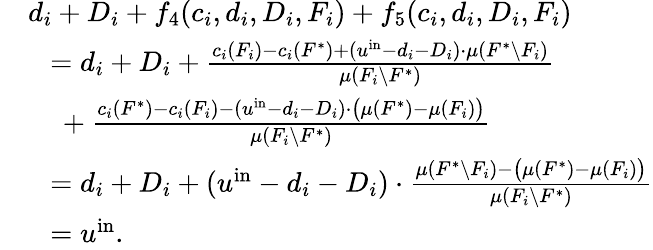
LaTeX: \begin{array}{rl}&{d_{i}+D_{i}+f_{4}(c_{i},d_{i},D_{i},F_{i})+f_{5}(c_{i},d_{i},D_{i},F_{i})}\\ {}&{~~=d_{i}+D_{i}+\frac{c_{i}(F_{i})-c_{i}(F^{*})+(u^{\mathrm{in}}-d_{i}-D_{i})\cdot\mu(F^{*}\setminus F_{i})}{\mu(F_{i}\setminus F^{*})}}\\ {}&{~~~~+\frac{c_{i}(F^{*})-c_{i}(F_{i})-(u^{\mathrm{in}}-d_{i}-D_{i})\cdot\big(\mu(F^{*})-\mu(F_{i})\big)}{\mu(F_{i}\setminus F^{*})}}\\ {}&{~~=d_{i}+D_{i}+(u^{\mathrm{in}}-d_{i}-D_{i})\cdot\frac{\mu(F^{*}\setminus F_{i})-\big(\mu(F^{*})-\mu(F_{i})\big)}{\mu(F_{i}\setminus F^{*})}}\\ {}&{~~=u^{\mathrm{in}}.}\end{array}